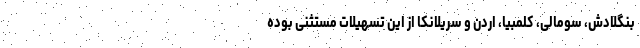
بنگلادش، سومالی، کلمبیا، اردن و سریلانکا از این تسهیلات مستثنی بوده